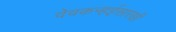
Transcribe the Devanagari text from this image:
देवकन्हईसारखी